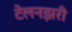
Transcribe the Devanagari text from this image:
टेलनझरी